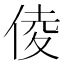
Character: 倰